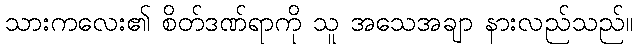
သားကလေး၏ စိတ်ဒဏ်ရာကို သူ အသေအချာ နားလည်သည်။